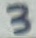
Text: 3